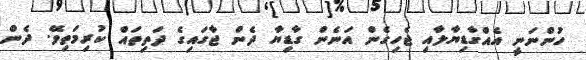
ހުންނަނީ އެއްގާޑިޔާލާއި ޖެހިގެން އަނެން ގާޑިޔާ ދެން ޖާގައިގެ ދަތިތައް ކުރިމަތިވޭ. ދެން